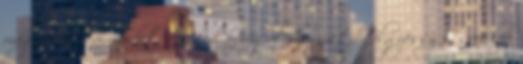
magánéleti álmaidat, te írod a forgatókönyvet. Tölgyessy Zsófi, life